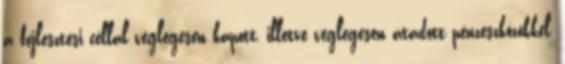
a fejlesztési céllal véglegesen kapott, illetve véglegesen átadott pénzeszközökkel,